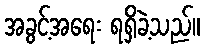
အခွင့်အရေး ရရှိခဲ့သည်။